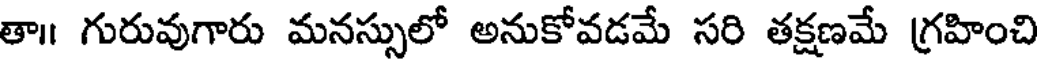
తా॥ గురువుగారు మనస్సులో అనుకోవడమే సరి తక్షణమే గ్రహించి